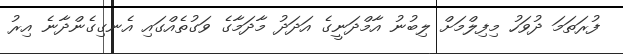
ފުރަތަމަ ދުވަހު މިފިލްމަށް ލިބުނު އާމްދަނީގެ އަދަދު މާދަމާގެ ވަގުތެއްގައި އެނގިގެންދާނެ އިރު